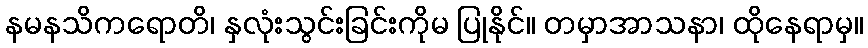
နမနသိကရောတိ၊ နှလုံးသွင်းခြင်းကိုမ ပြုနိုင်။ တမှာအာသနာ၊ ထိုနေရာမှ။